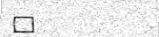
٥